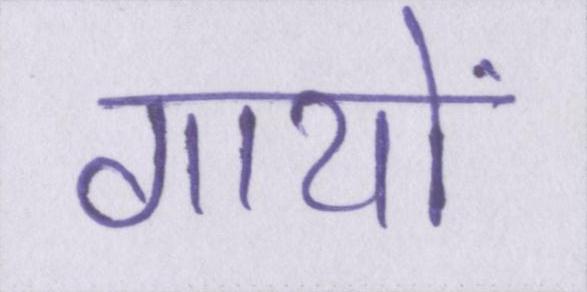
गायों